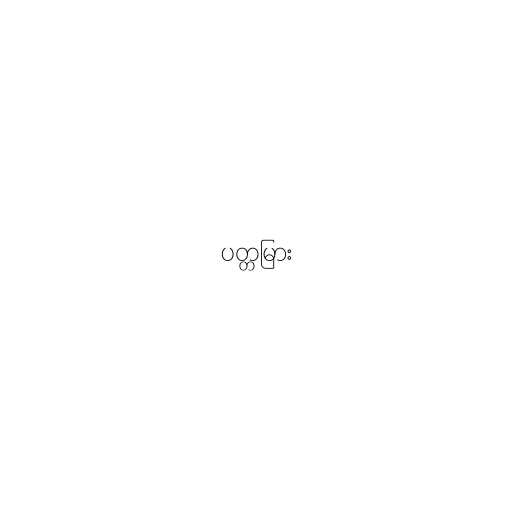
ပတ္တမြား